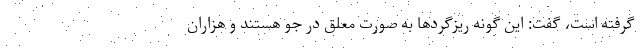
گرفته است، گفت: این گونه ریزگردها به صورت معلق در جو هستند و هزاران